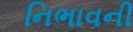
નિભાવની